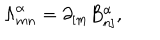
{ \Lambda } _ { m n } ^ { \alpha } = \partial _ { [ m } B _ { n ] } ^ { \alpha } ,